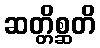
ဆတ္တိစ္ဆတိ